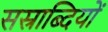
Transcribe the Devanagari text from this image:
सस्राब्दियों